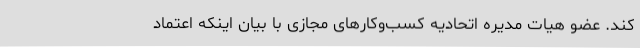
کند. عضو هیات مدیره اتحادیه کسب‌وکارهای مجازی با بیان اینکه اعتماد